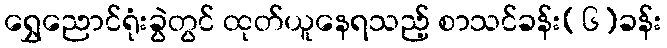
ရွှေညောင်ရုံးခွဲတွင် ထုတ်ယူနေရသည့် စာသင်ခန်း(၆)ခန်း